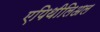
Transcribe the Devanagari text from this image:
एपिथीलिअल